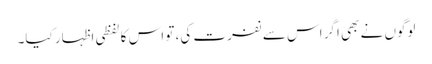
لوگوں نے بھی اگر اس سے نفرت کی، تو اس کا لفظی اظہار کیا۔